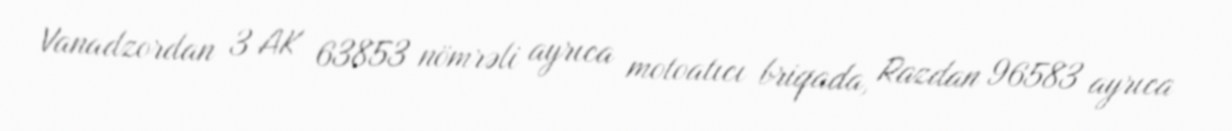
Vanadzordan 3 AK 63853 nömrəli ayrıca motoatıcı briqada, Razdan 96583 ayrıca